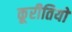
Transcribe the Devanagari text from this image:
कूरीतियों